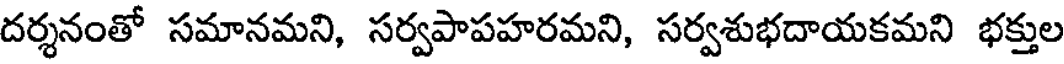
దర్శనంతో సమానమని, సర్వపాపహరమని, సర్వశుభదాయకమని భక్తుల